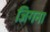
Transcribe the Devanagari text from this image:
जिगना